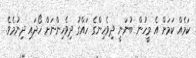
ކަމެއް ކަމަށް އެ މީހުން ބުނަނީ ދިވެހިންގެ ހައްގު ދިވެހިންނަށް ހޯދައި ދިނުމެވެ.